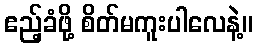
ဧည့်ခံဖို့ စိတ်မကူးပါလေနဲ့။